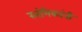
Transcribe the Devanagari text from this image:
स्तंभिकांनी